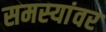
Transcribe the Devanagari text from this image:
समस्‍यांवर